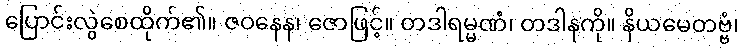
ပြောင်းလွဲစေထိုက်၏။ ဇဝနေန၊ ဇောဖြင့်။ တဒါရမ္မဏံ၊ တဒါနကို။ နိယမေတဗ္ဗံ၊